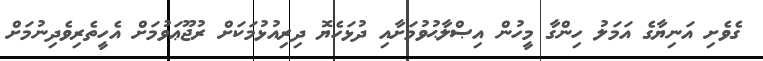
ގެވެށި އަނިޔާގެ އަމަލު ހިންގާ މީހުން އިޞްލާޙުވުމަށާއި ދުޅަހެޔޮ ދިރިއުޅުމަކަށް ރުޖޫޢަވުމަށް އެހީތެރިވެދިނުމަށް